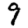
Digit: 9